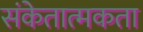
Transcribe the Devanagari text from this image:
संकेतात्मकता